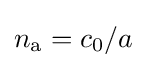
n_{\text{a}}=c_{0}/a